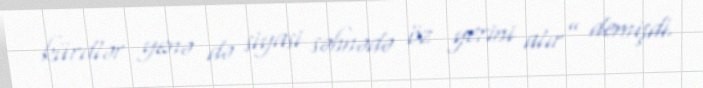
kürdlər yenə də siyasi səhnədə öz yerini alır” demişdi.